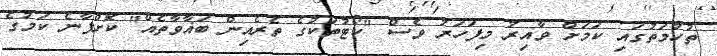
ތުހުމަތުގައި ކަމަށް ވާއިރު މިފަހަރު ވެސް "ކޯޓުތަކުގެ ތެރެއިން ބަޣާވާތެއް" ކޮށްފާނެ ކަމުގެ